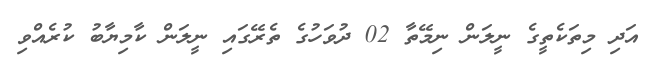
އަދި މިތަކެތީގެ ނީލަން ނިމޭތާ 02 ދުވަހުގެ ތެރޭގައި ނީލަން ކާމިޔާބު ކުރެއްވި